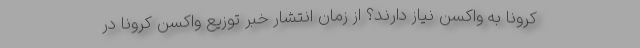
کرونا به واکسن نیاز دارند؟ از زمان انتشار خبر توزیع واکسن کرونا در